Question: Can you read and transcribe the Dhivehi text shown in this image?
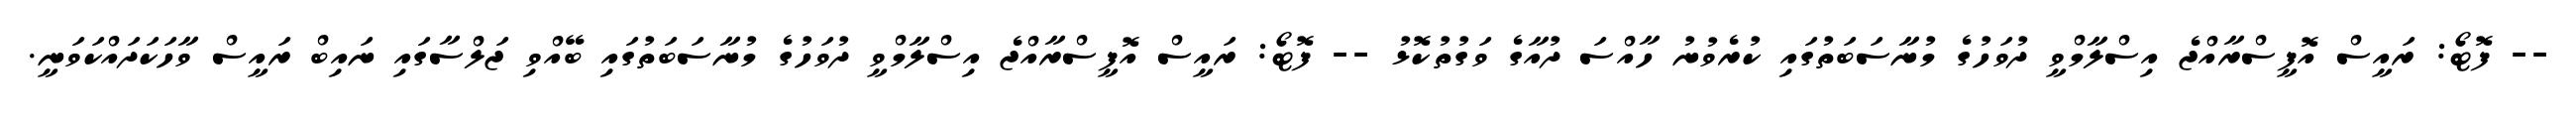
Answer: -- ފޮޓޯ: ރައީސް އޮފީސްރާއްޖެ އިސްލާމްވީ ދުވަހުގެ މުނާސަބަތުގައި ކުރެވުނު ހާއްސަ ދުއާގެ ވަގުތުކޮޅު -- ފޮޓޯ: ރައީސް އޮފީސްރާއްޖެ އިސްލާމްވީ ދުވަހުގެ މުނާސަބަތުގައި ބޭއްވި ޖަލްސާގައި ނައިބް ރައީސް ވާހަކަދައްކަވަނީ.